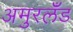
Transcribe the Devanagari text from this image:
अमुरलँंड